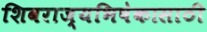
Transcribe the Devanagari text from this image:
शिवराज्यभिषेकासाठी